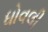
ધોવલી